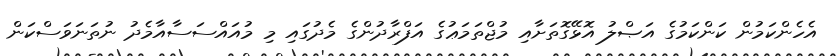
އެހެންކަމުން ކަންކަމުގެ އަޞްލު އޮޅޭގޮތަށާއި މުޖްތަމަޢުގެ އަފްރާދުންގެ މެދުގައި މި މުއައްސަސާއާމެދު ނުތަނަވަސްކަން